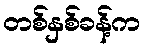
တစ်နှစ်ခန့်က